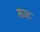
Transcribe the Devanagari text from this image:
साउद